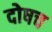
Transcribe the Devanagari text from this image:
दोषच